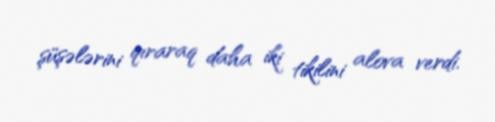
şüşələrini qıraraq daha iki tikilini alova verdi.